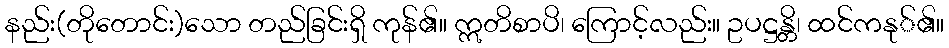
နည်း(တိုတောင်း)သော တည်ခြင်းရှိ ကုန်၏။ ဣတိစာပိ၊ ကြောင့်လည်း။ ဥပဋ္ဌန္တိ၊ ထင်ကနု်၏။